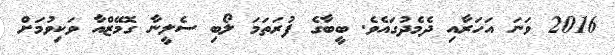
2016 ވަނަ އަހަރާއި ދެމެދުގައެވެ. ބީބާގެ ފުރަތަމަ ލޯބި ސެލީނާ ގޮމޭޒްއާ ވަކިވުމަށް